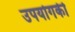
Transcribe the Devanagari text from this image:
उपयोगकी